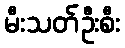
မီးသတ်ဦးစီး